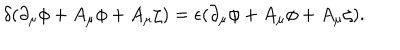
\delta ( \partial _ { \mu } \phi + A _ { \mu } \phi + A _ { \mu } \zeta ) = \epsilon ( \partial _ { \mu } \phi + A _ { \mu } \phi + A _ { \mu } \zeta ) .